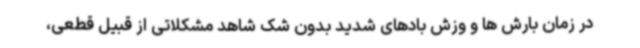
در زمان بارش ها و وزش بادهای شدید بدون شک شاهد مشکلاتی از قبیل قطعی،